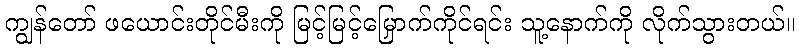
ကျွန်တော် ဖယောင်းတိုင်မီးကို မြင့်မြင့်မြှောက်ကိုင်ရင်း သူ့နောက်ကို လိုက်သွားတယ်။